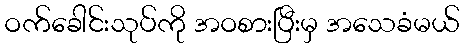
ဝက်ခေါင်းသုပ်ကို အဝစားပြီးမှ အသေခံမယ်